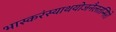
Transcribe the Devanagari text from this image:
भास्करंस्याथयोजनैलतन्मिरो